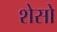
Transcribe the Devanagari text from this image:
शेसो